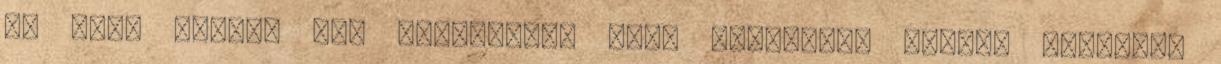
az első részbe ide kattintva: jóga gyakorlás otthon Ajánlott